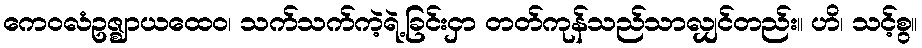
ကေဝလံဥဇ္ဈာယထေဝ၊ သက်သက်ကဲ့ရဲ့ခြင်းငှာ တတ်ကုန်သည်သာလျှင်တည်း။ ဟိ၊ သင့်စွ။